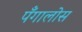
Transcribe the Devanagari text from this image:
पँगालोस